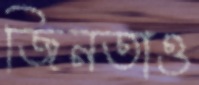
জিনতাও